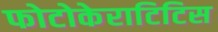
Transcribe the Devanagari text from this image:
फोटोकेराटिटिस